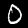
Label: 0